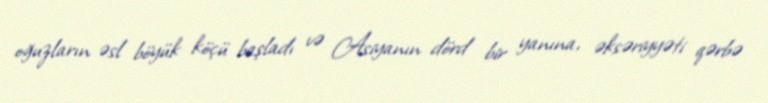
oğuzların əsl böyük köçü başladı və Asiyanın dörd bir yanına, əksəriyyəti qərbə